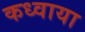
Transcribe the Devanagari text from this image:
कध्वाया